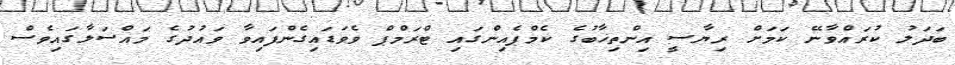
ބަދަލު ކުރައްވާނޭ ކަމަށް ރިޔާސީ އިންތިޚާބުގެ ކެމްޕެއިންގައި ޓްރަމްޕް ވެވަޑައިގެންފައިވާ ވައުދުގެ މައްސަލާގައިވެސް